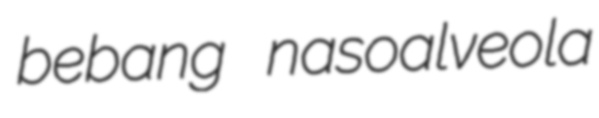
bebang nasoalveola